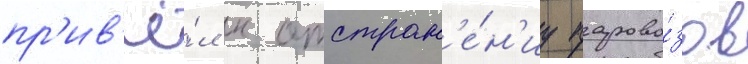
пр'ив'ё́л к отстран'е́н'иу парово́зов